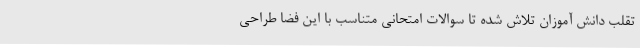
تقلب دانش آموزان تلاش شده تا سوالات امتحانی متناسب با این فضا طراحی